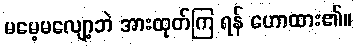
မမေ့မလျော့ဘဲ အားထုတ်ကြ ရန် ဟောထား၏။